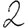
Digit: 2